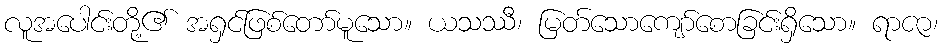
လူအပေါင်းတို့၏ အရှင်ဖြစ်တော်မူသော။ ယသဿီ၊ မြတ်သောကျော်စောခြင်းရှိသော။ ရာဇာ၊